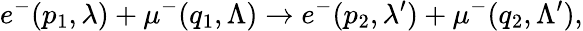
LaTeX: e^{-}(p_{1},\lambda)+\mu^{-}(q_{1},\Lambda)\to e^{-}(p_{2},\lambda^{\prime})+\mu^{-}(q_{2},\Lambda^{\prime}),